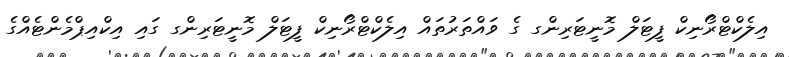
އިލެކްޓްރޯނިކް ފީޓަލް މޮނީޓަރިންގ ގެ ވައްތަރުތައް އިލެކްޓްރޯނިކް ފީޓަލް މޮނީޓަރިންގ ގައި އިކްއިޕްމެންޓެއްގެ